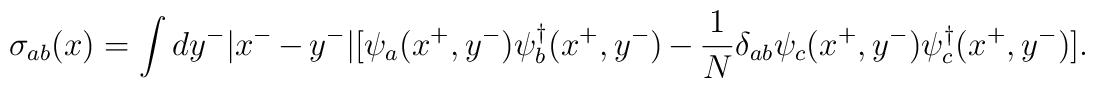
\sigma_{ab}(x)= \int dy^{-}|x^{-}-y^{-}|\big[\psi_{a}(x^{+},y^{-})\psi_{b}^{\dagger}(x^{+},y^{-})-{1\over N} \delta_{ab}\psi_{c}(x^{+},y^{-})\psi^{\dagger}_{c}(x^{+},y^{-})\big].